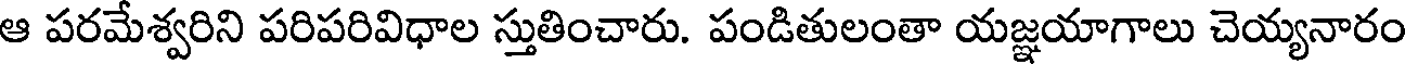
ఆ పరమేశ్వరిని పరిపరివిధాల స్తుతించారు. పండితులంతా యజ్ఞయాగాలు చెయ్యనారం